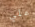
علي